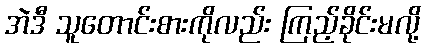
အဲဒီ သူတောင်းစားကိုလည်း ကြည့်ခိုင်းမလို့